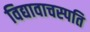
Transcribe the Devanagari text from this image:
विद्यावाचस्‍पति